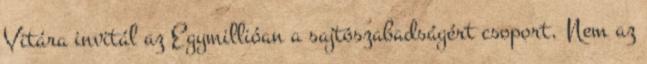
Vitára invitál az Egymillióan a sajtószabadságért csoport. Nem az